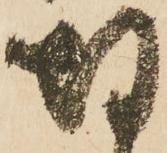
切